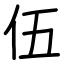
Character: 伍